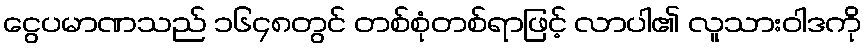
ငွေပမာဏသည် ၁၆၄၈တွင် တစ်စုံတစ်ရာဖြင့် လာပါ၏ လူသားဝါဒကို